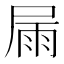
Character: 屚